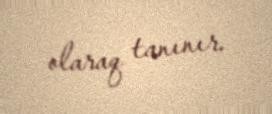
olaraq tanınır.